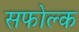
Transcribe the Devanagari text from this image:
सफोल्क